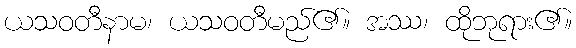
ယသဝတီနာမ၊ ယသဝတီမည်၏။ အဿ၊ ထိုဘုရား၏။